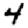
Digit: 4